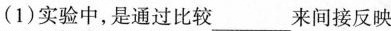
(1)实验中，是通过比较___来间接反映